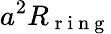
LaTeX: a^{2}R_{\mathrm{~r~i~n~g~}}